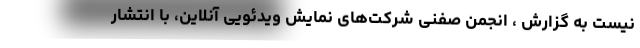
نیست به گزارش ، انجمن صفنی شرکت‌های نمایش ویدئویی آنلاین، با انتشار